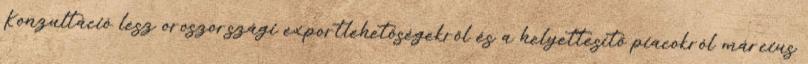
Konzultáció lesz oroszországi exportlehetőségekről és a helyettesítő piacokról március